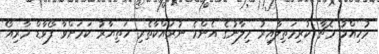
މުހިއްމު މެޗާ ކުރިމަތިލާއިރު މިލާނުގެ އެންމެ ނުރައްކާތެރި ހަތިޔާރު ކަމަށްވާ ފޯވާޑް މާރިއޯ